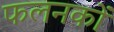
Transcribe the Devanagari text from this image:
फलनकों